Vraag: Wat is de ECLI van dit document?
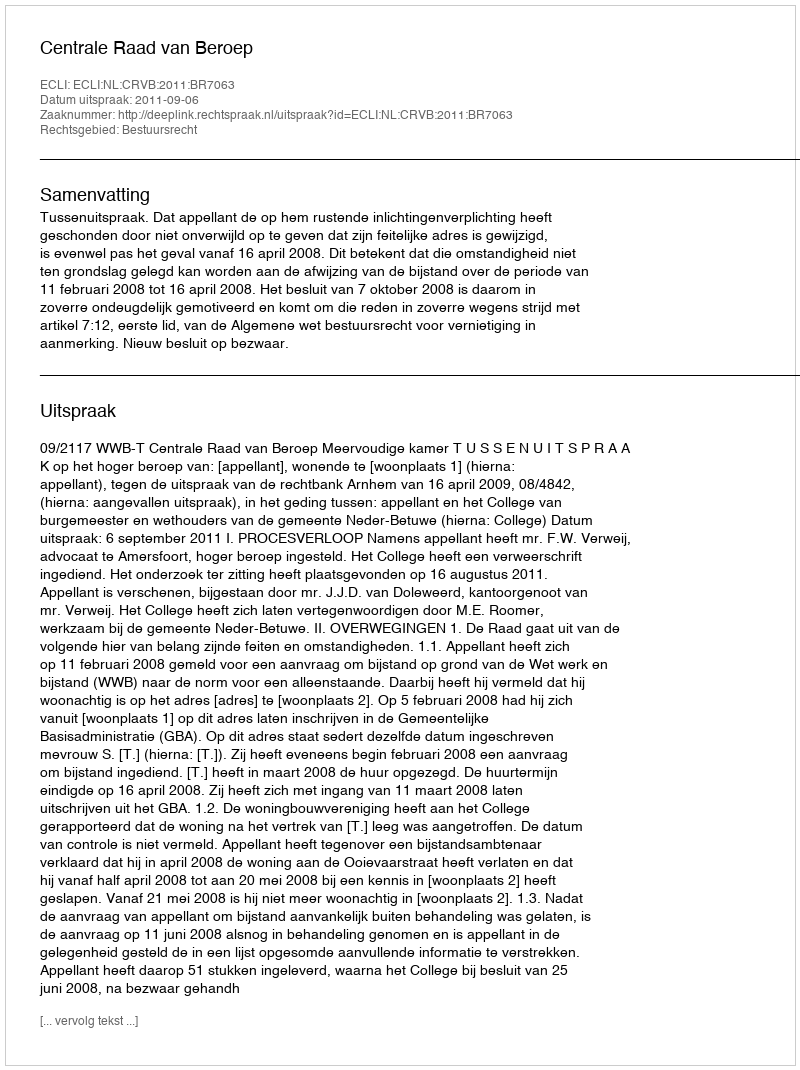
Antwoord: ECLI:NL:CRVB:2011:BR7063